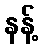
နန့်